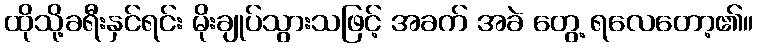
ထိုသို့ခရီးနှင်ရင်း မိုးချုပ်သွားသဖြင့် အခက် အခဲ တွေ့ ရလေတော့၏။